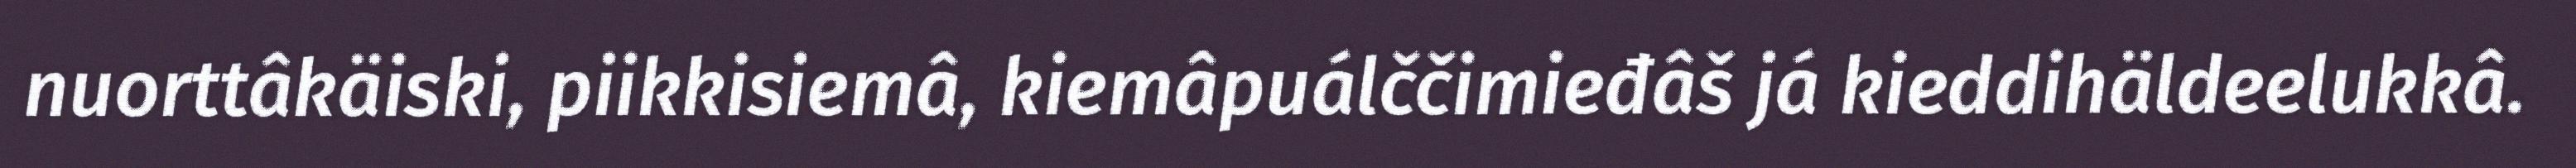
nuorttâkäiski, piikkisiemâ, kiemâpuálččimieđâš já kieddihäldeelukkâ.